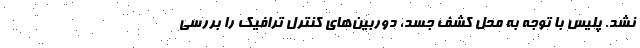
نشد. پلیس با توجه به محل کشف جسد، دوربین‌های کنترل ترافیک را بررسی